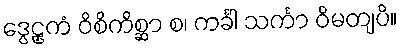
ဒွေဠှကံ ဝိစိကိစ္ဆာ စ၊ ကင်္ခါ သင်္ကာ ဝိမတျပိ။